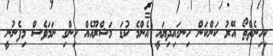
ކިހިނެތްތޯ އޭރު ކަންކަން ހިނގައިދިޔައީ އެންމެ ކުޑަ މަޝްރޫއެއް ހިންގި ނަމަވެސް މިފެނުނީ